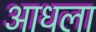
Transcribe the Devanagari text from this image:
आधला